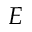
E